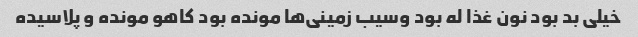
خیلی بد بود نون غذا له بود وسیب زمینی‌ها مونده بود کاهو مونده و پلاسیده